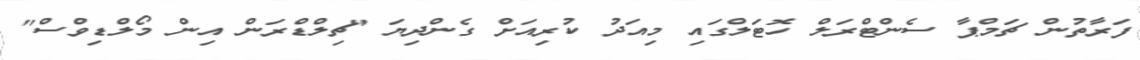
ފަރާތުން ޗަމްޕާ ސެންޓްރަލް ހޮޓަލްގައި މިއަދު ކުރިއަށް ގެންދިޔަ "ޗިލްޑްރަން އިން މޯލްޑިވްސް"